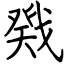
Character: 戣